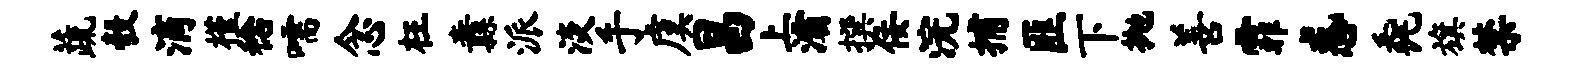
蔬彀滴槿稔嚅念枉纛派淡手虞昌上灞撰佞浣捕匪下抛善霏惑毳旗禁